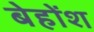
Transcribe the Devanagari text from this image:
बेहोंश